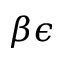
\beta \epsilon